Vaccination North-Western Provinces and Oudh 1878-1895 - 1878-1895
Year: 1878
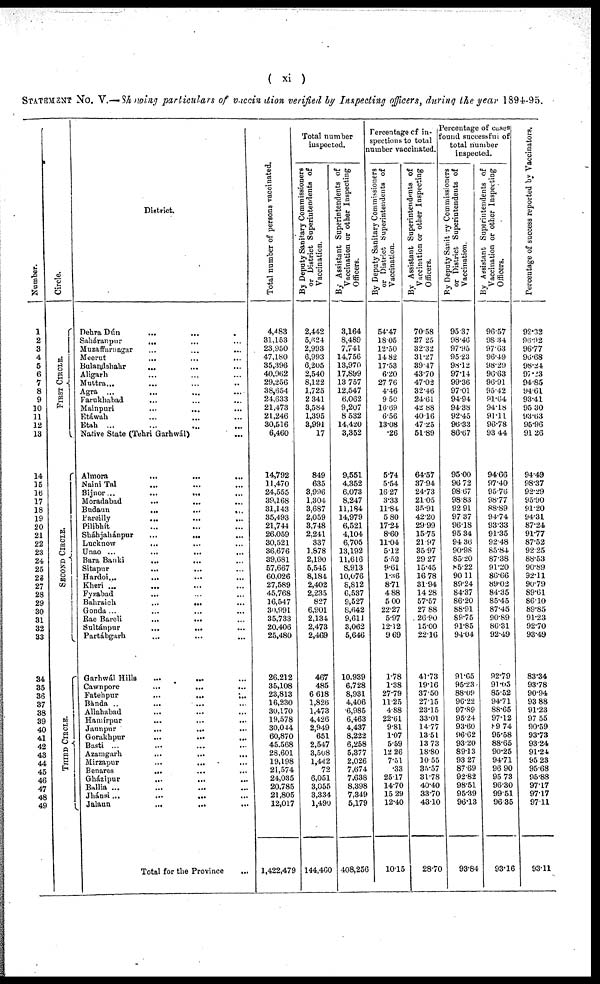
( xi )
STATEMENT No. V.—Showing particulars of vaccination verified by Inspecting officers, during the year 1894-95.
Number.
1
2
3
4
5
6
7
8
9
10
11
12
13
14
15
16
17
18
19
20
21
22
23
24
25
26
27
28
29
30
31
32
33
34
35
36
37
38
39
40
41
42
43
44
45
46
47
48
49
Circle.
FIRST CIRCLE.
SECOND CIRCLE.
THIRD CIRCLE.
District.
Dehra Dún ... ... ...
Saháranpur ... ... ...
Muzaffarnagar
...
...
...
Meerut ... ... ...
Bulandshahr ... ... ...
Aligarh ... ... ...
Muttra ... ... ...
Agra ... ... ...
Farukhabad ... ... ...
Mainpuri ... ... ...
Etáwah ... ... ...
Etah ... ... ...
Native State (Tehri Garhwál) ...
Almora ... ... ...
Naini Tal ... ... ...
Bijnor
...
...
...
Moradabad
...
...
...
Budaun
...
...
...
Eareilly ... ... ...
Pilibhít ... ... ...
Sháhjahánpur
...
...
...
Lucknow ... ... ...
Unao
...
...
...
Bara Banki ... ... ...
Sitapur
...
...
...
Hardoi ... ... ...
Kheri ... ... ...
Fyzabad ... ... ...
Bahraich
...
...
...
Gonda ... ... ...
Rae Bareli
...
...
...
Sultánpur
...
...
...
Partábgarh ... ... ...
Garhwál Hills ... ... ...
Cawnpore
...
...
...
Fatehpur
...
...
...
Bánda ... ... ...
Allahabad ... ... ...
Hamírpur
...
...
...
Jaunpur
...
...
...
Gorakhpur
...
...
...
Basti ... ... ...
Azamgarh
...
...
...
Mirzapur
...
...
...
Benares ... ... ...
Gházipur
...
...
...
Ballia ... ... ...
Jhánsi
...
...
...
Jalaun
...
...
...
Total for the Province
...
Total number of persons vaccinated.
4,483
31,153
23,950
47,180
35,396
40,962
29,256
38,654
24,633
21,473
21,246
30,516
6,460
14,792
11,470
24,555
39,168
31,143
35,493
21,744
26,059
30,521
36,676
39,681
57,667
60,026
27,589
45,768
16,547
30,991
35,733
20,406
25,480
26,212
35,108
23,813
16,230
30,170
19,578
30,044
60,870
45,568
28,601
19,198
21,574
24,035
20,785
21,805
12,017
1,422,479
Total number
inspected.
By Deputy Sanitary Commissioners
or District Superintendents of
Vaccination.
2,442
5,624
2,993
6,993
6,205
2,540
8,122
1,725
2 341
3,584
1,395
3,991
17
849
635
3,996
1,304
3,687
2,059
3,748
2,241
337
1,878
2,190
5,545
8,184
2,402
2,235
827
6,901
2,134
2,473
2,469
467
485
6,618
1,826
1,473
4,426
2,949
651
2,547
3,508
1,442
72
6,051
3,055
3,334
1,490
144,460
By Assistant Superintendents of
Vaccination or other Inspecting
Officers.
3,164
8,489
7,741
14,756
13,970
17,899
13 757
12,547
6,062
9,207
8 532
14,420
3,352
9,551
4,352
6,073
8,247
11,184
14,979
6,521
4,104
6,705
13,192
11,616
8,913
10,076
8,812
6,537
9,527
8,642
9,611
3,062
5,646
10,939
6,728
8,931
4,406
6,985
6,463
4,437
8,222
6,258
5,377
2,026
7,674
7,638
8,398
7,349
5,179
408,256
Percentage of in-
spections to total
number vaccinated.
By Deputy Sanitary Commissioners
or District Superintendents of
Vaccination.
54.47
18.05
12.50
14.82
17.53
6.20
27.76
4.46
9.50
16.69
6.56
13.08
.26
5.74
5.54
16.27
3.33
11.84
5.80
17.24
8.60
11.04
5.12
5.52
9.61
1.36
8.71
4.88
5.00
22.27
5.97
12.12
9.69
1.78
1.38
27.79
11.25
4.88
22.61
9.81
1.07
5.59
12.26
7.51
.33
25.17
14.70
15.29
12.40
10.15
By Assistant Superintendents of
Vaccination or other Inspecting
Officers.
70.58
27.25
32.32
31.27
39.47
43.70
47.02
32.46
24.61
42.88
40.16
47.25
51.89
64.57
37.94
24.73
21.05
35.91
42.20
29.99
15.75
21.97
35.97
29.27
15.45
16.78
31.94
14.28
57.57
27.88
26.90
15.00
22.16
41.73
19.16
37.50
27.15
23.15
33.01
14.77
13.51
13.73
18.80
10.55
35.57
31.78
40.40
33.70
43.10
28.70
Percentage of cases
found successful of
total number
inspected.
By Deputy Sanitary Commissioners
or District Superintendents of
Vaccination.
95.37
98.46
97.95
95.23
98.12
97.14
99.36
97.01
94.94
94.38
92.45
96.33
86.67
95.00
96.72
98.67
98.83
92.91
97.37
96.18
95.34
94.36
90.98
85.20
85.22
90.11
89.24
84.37
86.20
88.91
89.75
91.85
94.04
91.65
95.23
88.09
96.22
97.89
95.24
93.60
96.62
93.20
89.13
93.27
87.69
92.82
98.51
95.39
96.13
93.84
By Assistant Superintendents of
Vaccination or other Inspecting
Officers.
96.57
98.34
97.63
96.49
98.29
96.63
96.91
95.42
91.64
94.18
91.11
96.78
93.44
94.66
97.40
95.76
98.77
88.89
94.74
93.33
91.35
92.48
85.84
87.38
91.20
86.66
89.02
84.35
85.45
87.45
90.89
86.31
92.49
92.79
91.05
85.52
94.71
88.65
97.12
89.74
95.58
88.65
90.25
94.71
96.90
95.73
96.30
99.51
96.35
93.16
Percentage of success reported by Vaccinators.
92.32
96.92
96.77
96.68
98.24
97.23
94.85
94.61
93.41
95 30
93.63
95.96
91.26
94.49
98.37
92.29
95.90
91.20
94.31
87.24
91.77
87.52
92.25
88.53
90.89
92.11
90.79
89.61
86.10
89.85
91.23
92.70
93.49
83.34
93.78
90.94
93 88
91.23
97.55
90.59
93.73
93.24
91.24
95 23
95.68
95.88
97.17
97.17
97.11
93.11